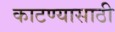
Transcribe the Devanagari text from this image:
काटण्यासाठी